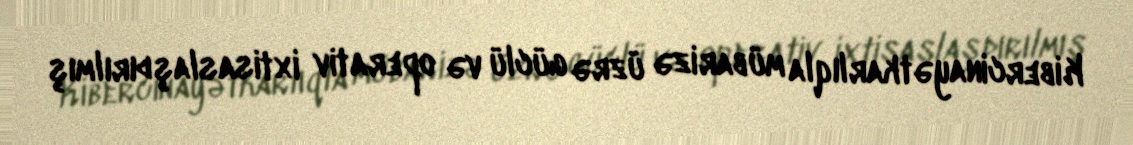
Kibercinayətkarlıqla mübarizə üzrə güclü və operativ ixtisaslaşdırılmış